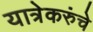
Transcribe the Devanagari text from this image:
यात्रेकरुंचे